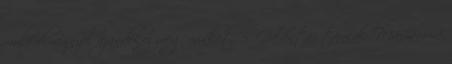
múló élménnyel ajándékoz meg minket. 5. Galántai táncok. Mániámmá